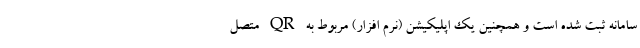
سامانه ثبت شده است و همچنین یک اپلیکیشن (نرم افزار) مربوط به QR متصل